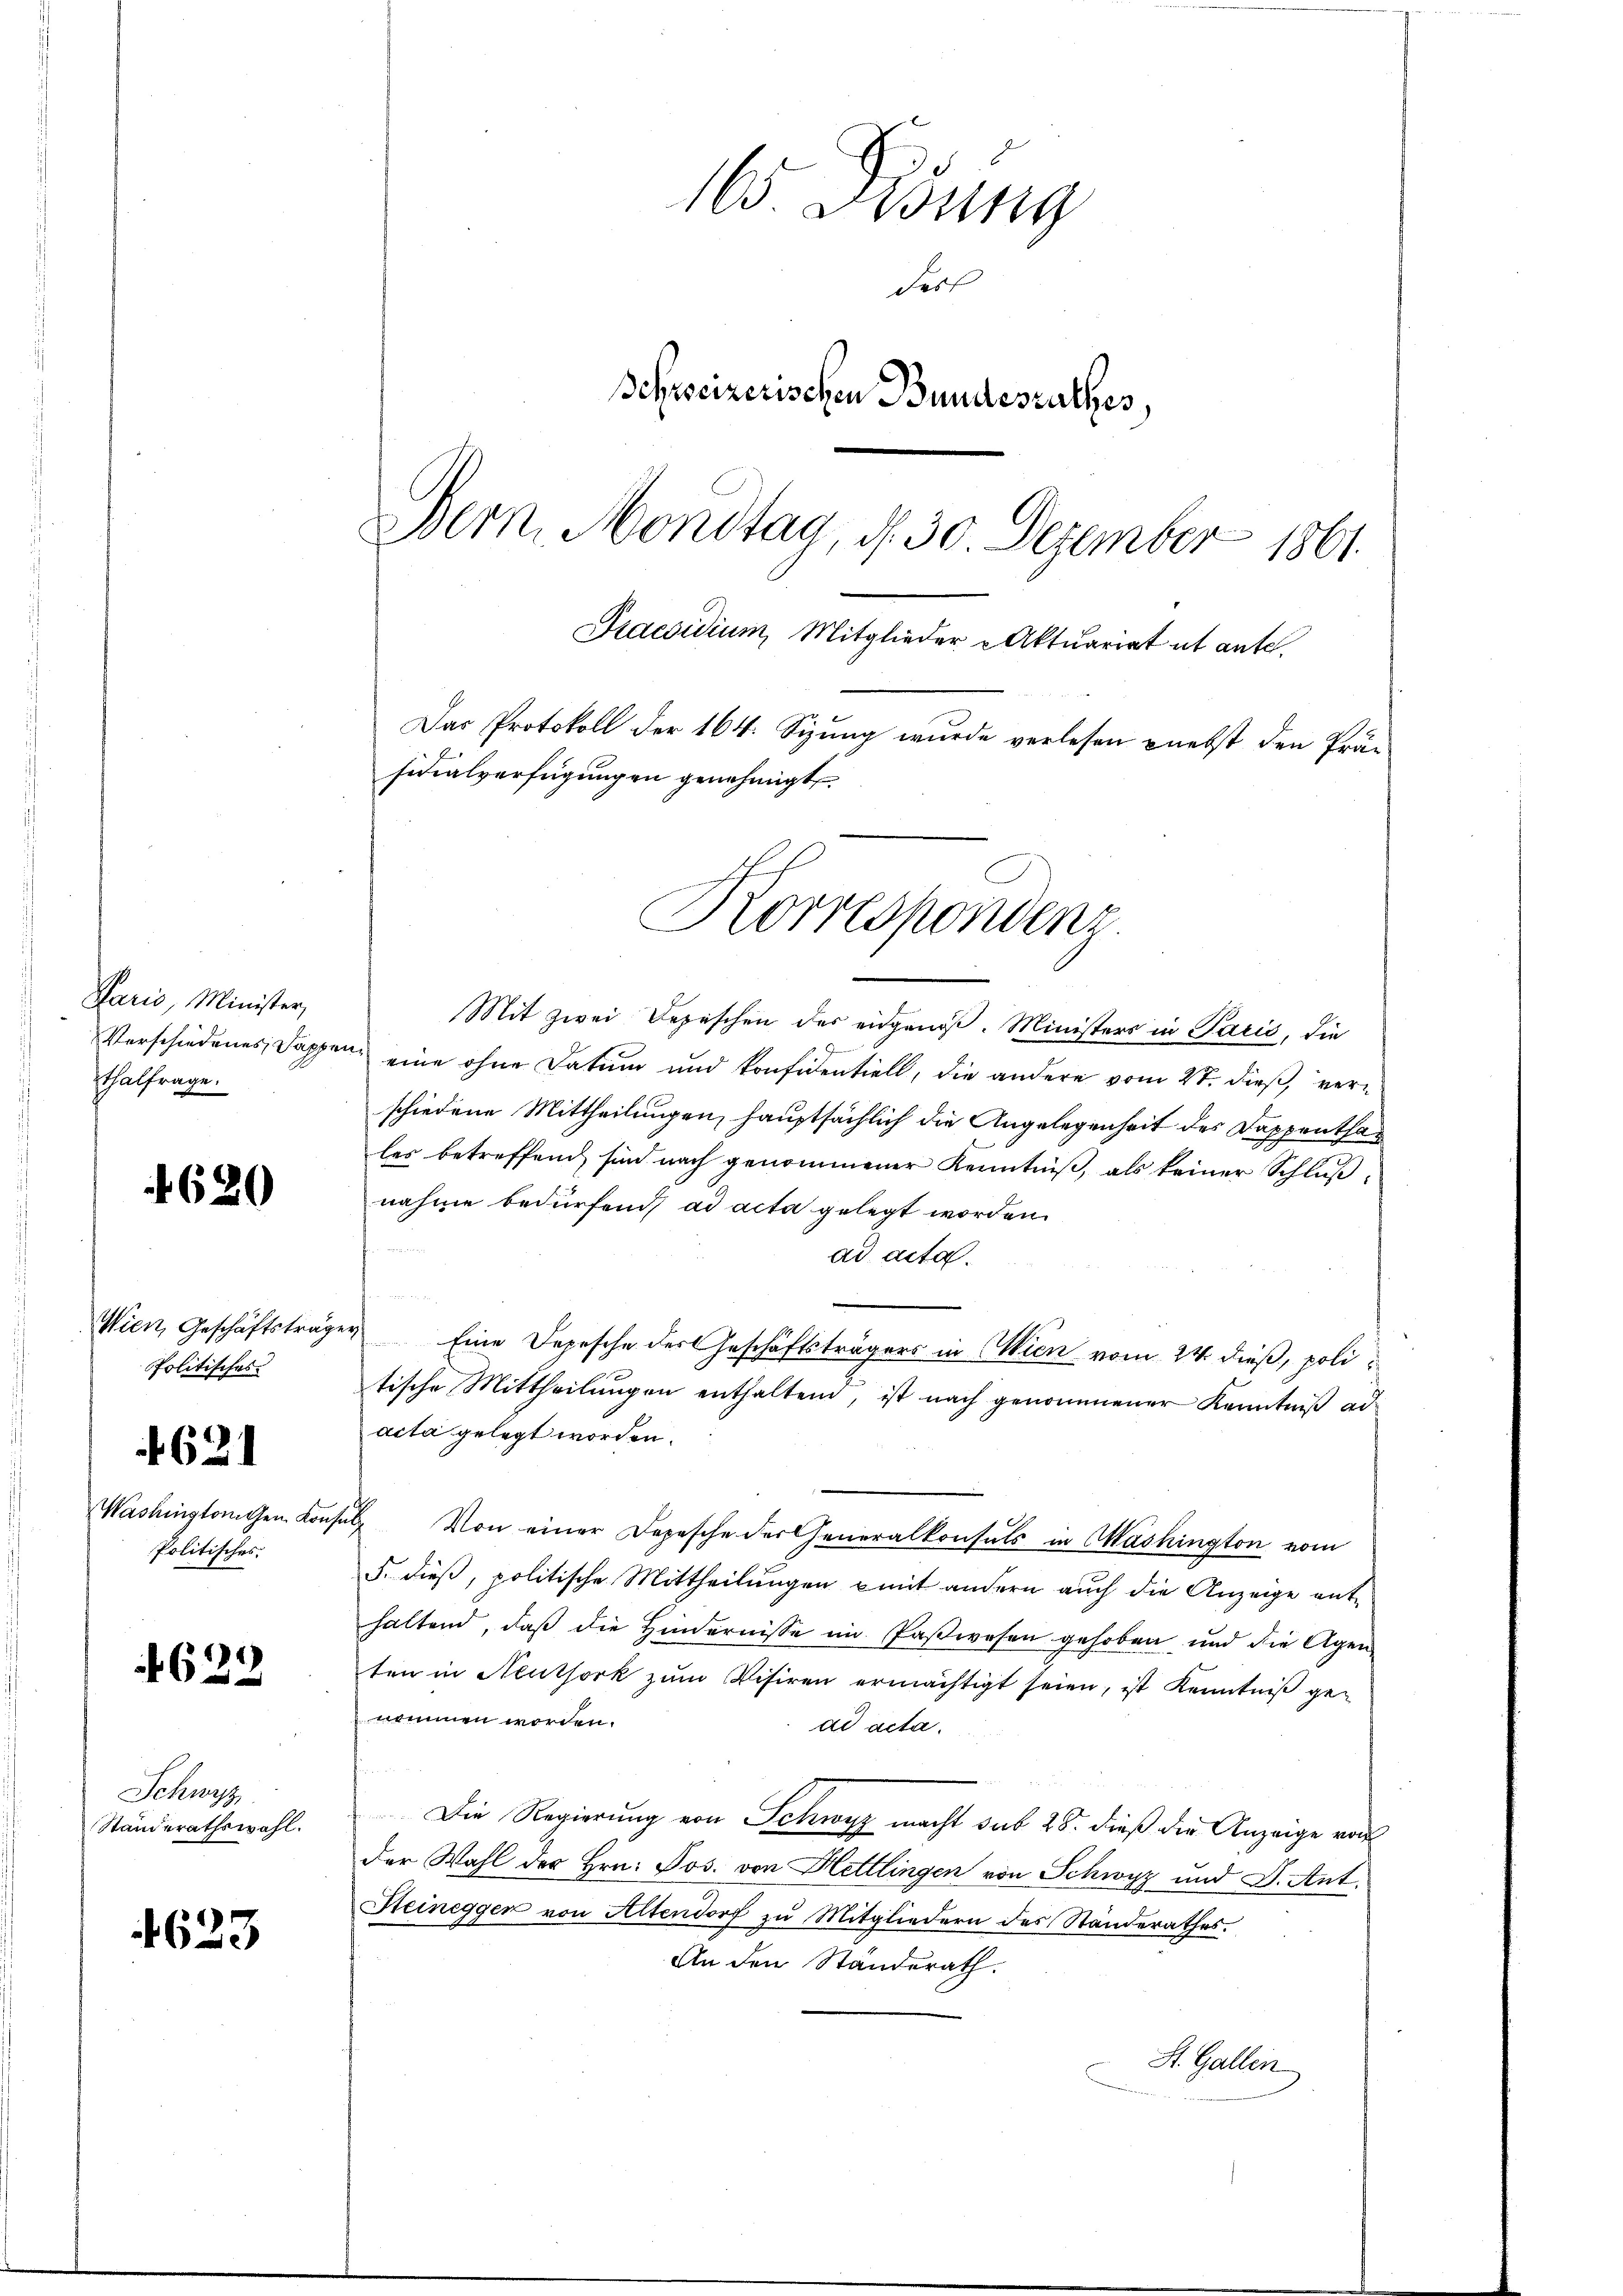
Paris, Minister,
TThalfrage.

620

Wien, Geschäftsträger
Politisches
4621
Politisches.

629

Schwyz
Standerathswahl.

4623

16. Febung
dorf
Schreizerischen Bundesrathes,
Bern. Mondtag, d. 30. Dezember 1861
Praesidium, Mitglieder Aktuariat et ante.
Das Protokoll der 164. Sizung wurde verlesen nebst den Präsidialverfügungen genehmigt.

Korrespondenz.

Mit zwei Depeschen des eidgenoß. Ministers in Paris, die
 J
Verschiedenes Dappen eine ohne Datum und konfidentiell, die andere vom 27. dieß, verschiedene Mittheilungen, hauptsächlich die Angelegenheit des Dappenthales betreffend sind nach genommener Kenntniß, als keiner Schluß
nahme bedürfend ad acta gelegt worden.
ad acta.

u
Eine Depesche des Geschäftsträgers in Wien vom 24. dieß, politische Mittheilungen enthaltend, ist nach genommener Kenntniß ad
acta gelegt worden.
Washinglichen Konsuls. Von einer Depesche der Generalkonsuls in Washington vom
§. dieß, politische Mittheilungen mit andern auch die Anzeige enthaltend, daß die Hindernisse im Paßwesen gehoben und die Agen
ten in Neuthork zum Visiren ermächtigt seien, ist Kenntniß genommen worden.
dd acta.
Die Regierung von Schwyz macht sub 28. dieß die Anzeige von
der Wahl der Hrn. Jos. von Hettlingen von Schwyz und J. Ant.
Reinegger von Altendorf zu Mitgliedern des Standerathes.
An den Standerath.
St. Gallin